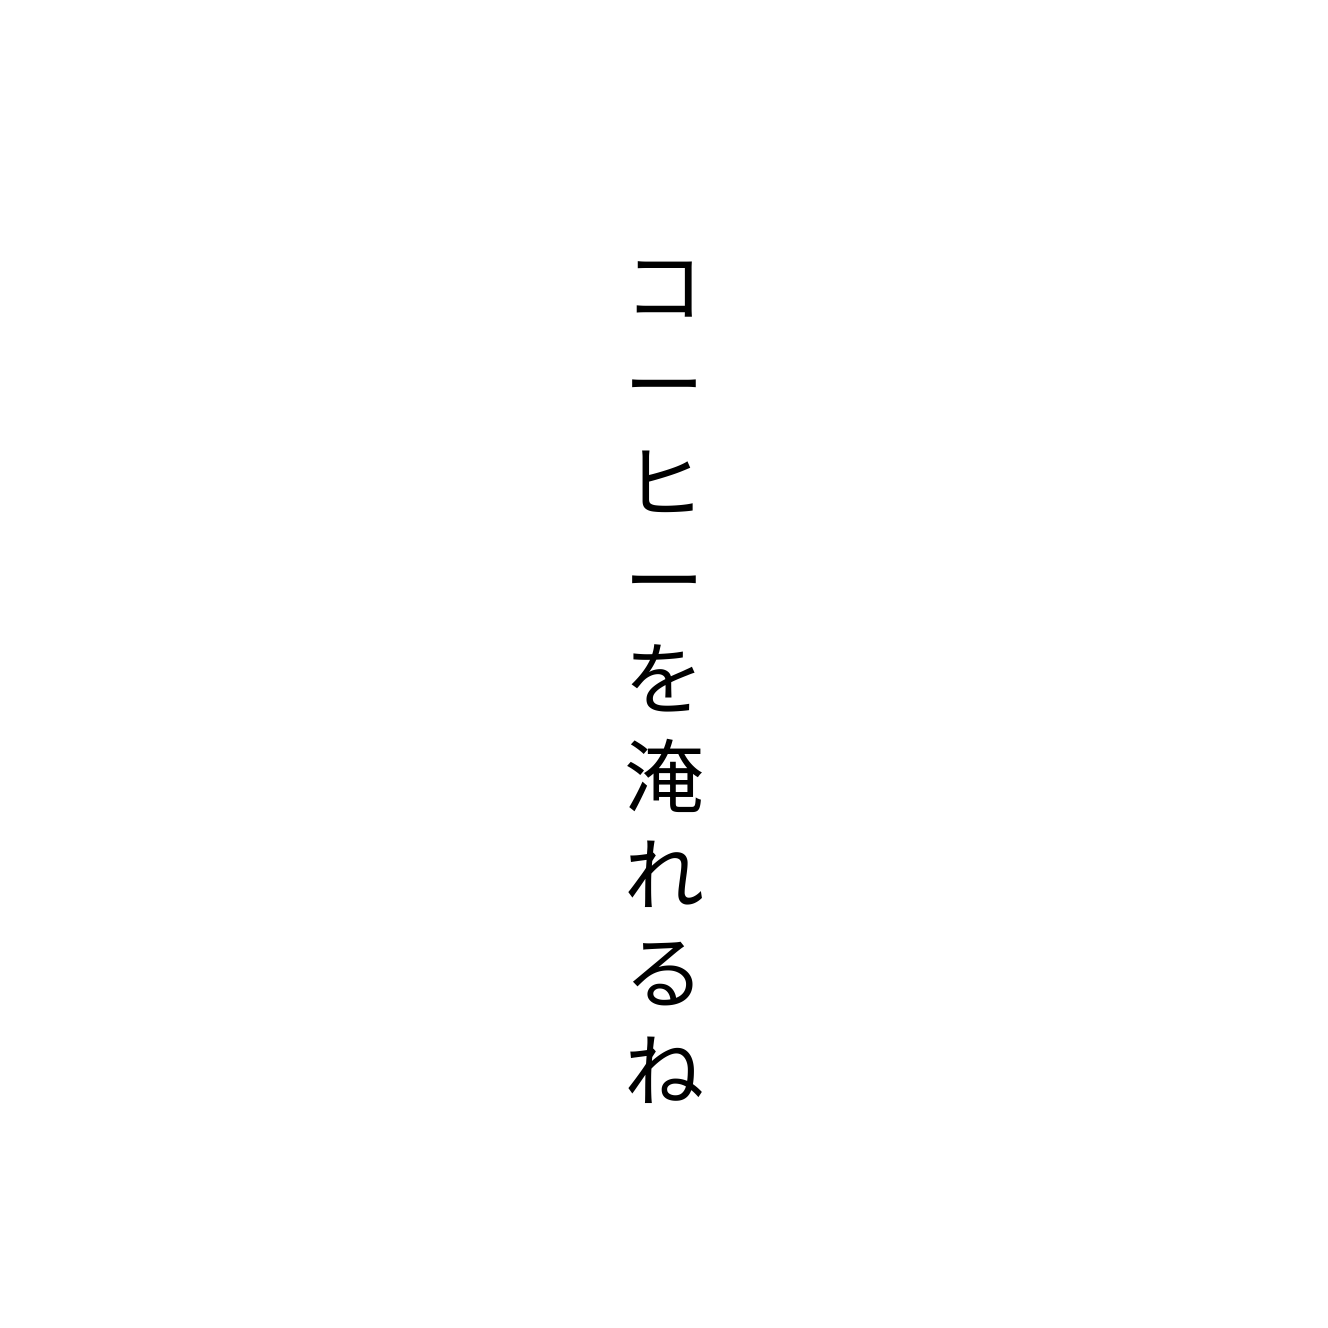
コーヒーを淹れるね